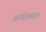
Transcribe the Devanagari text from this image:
तासिकांत